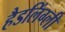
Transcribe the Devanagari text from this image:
हैडलिंग्ली